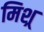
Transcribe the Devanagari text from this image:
मिश्र्